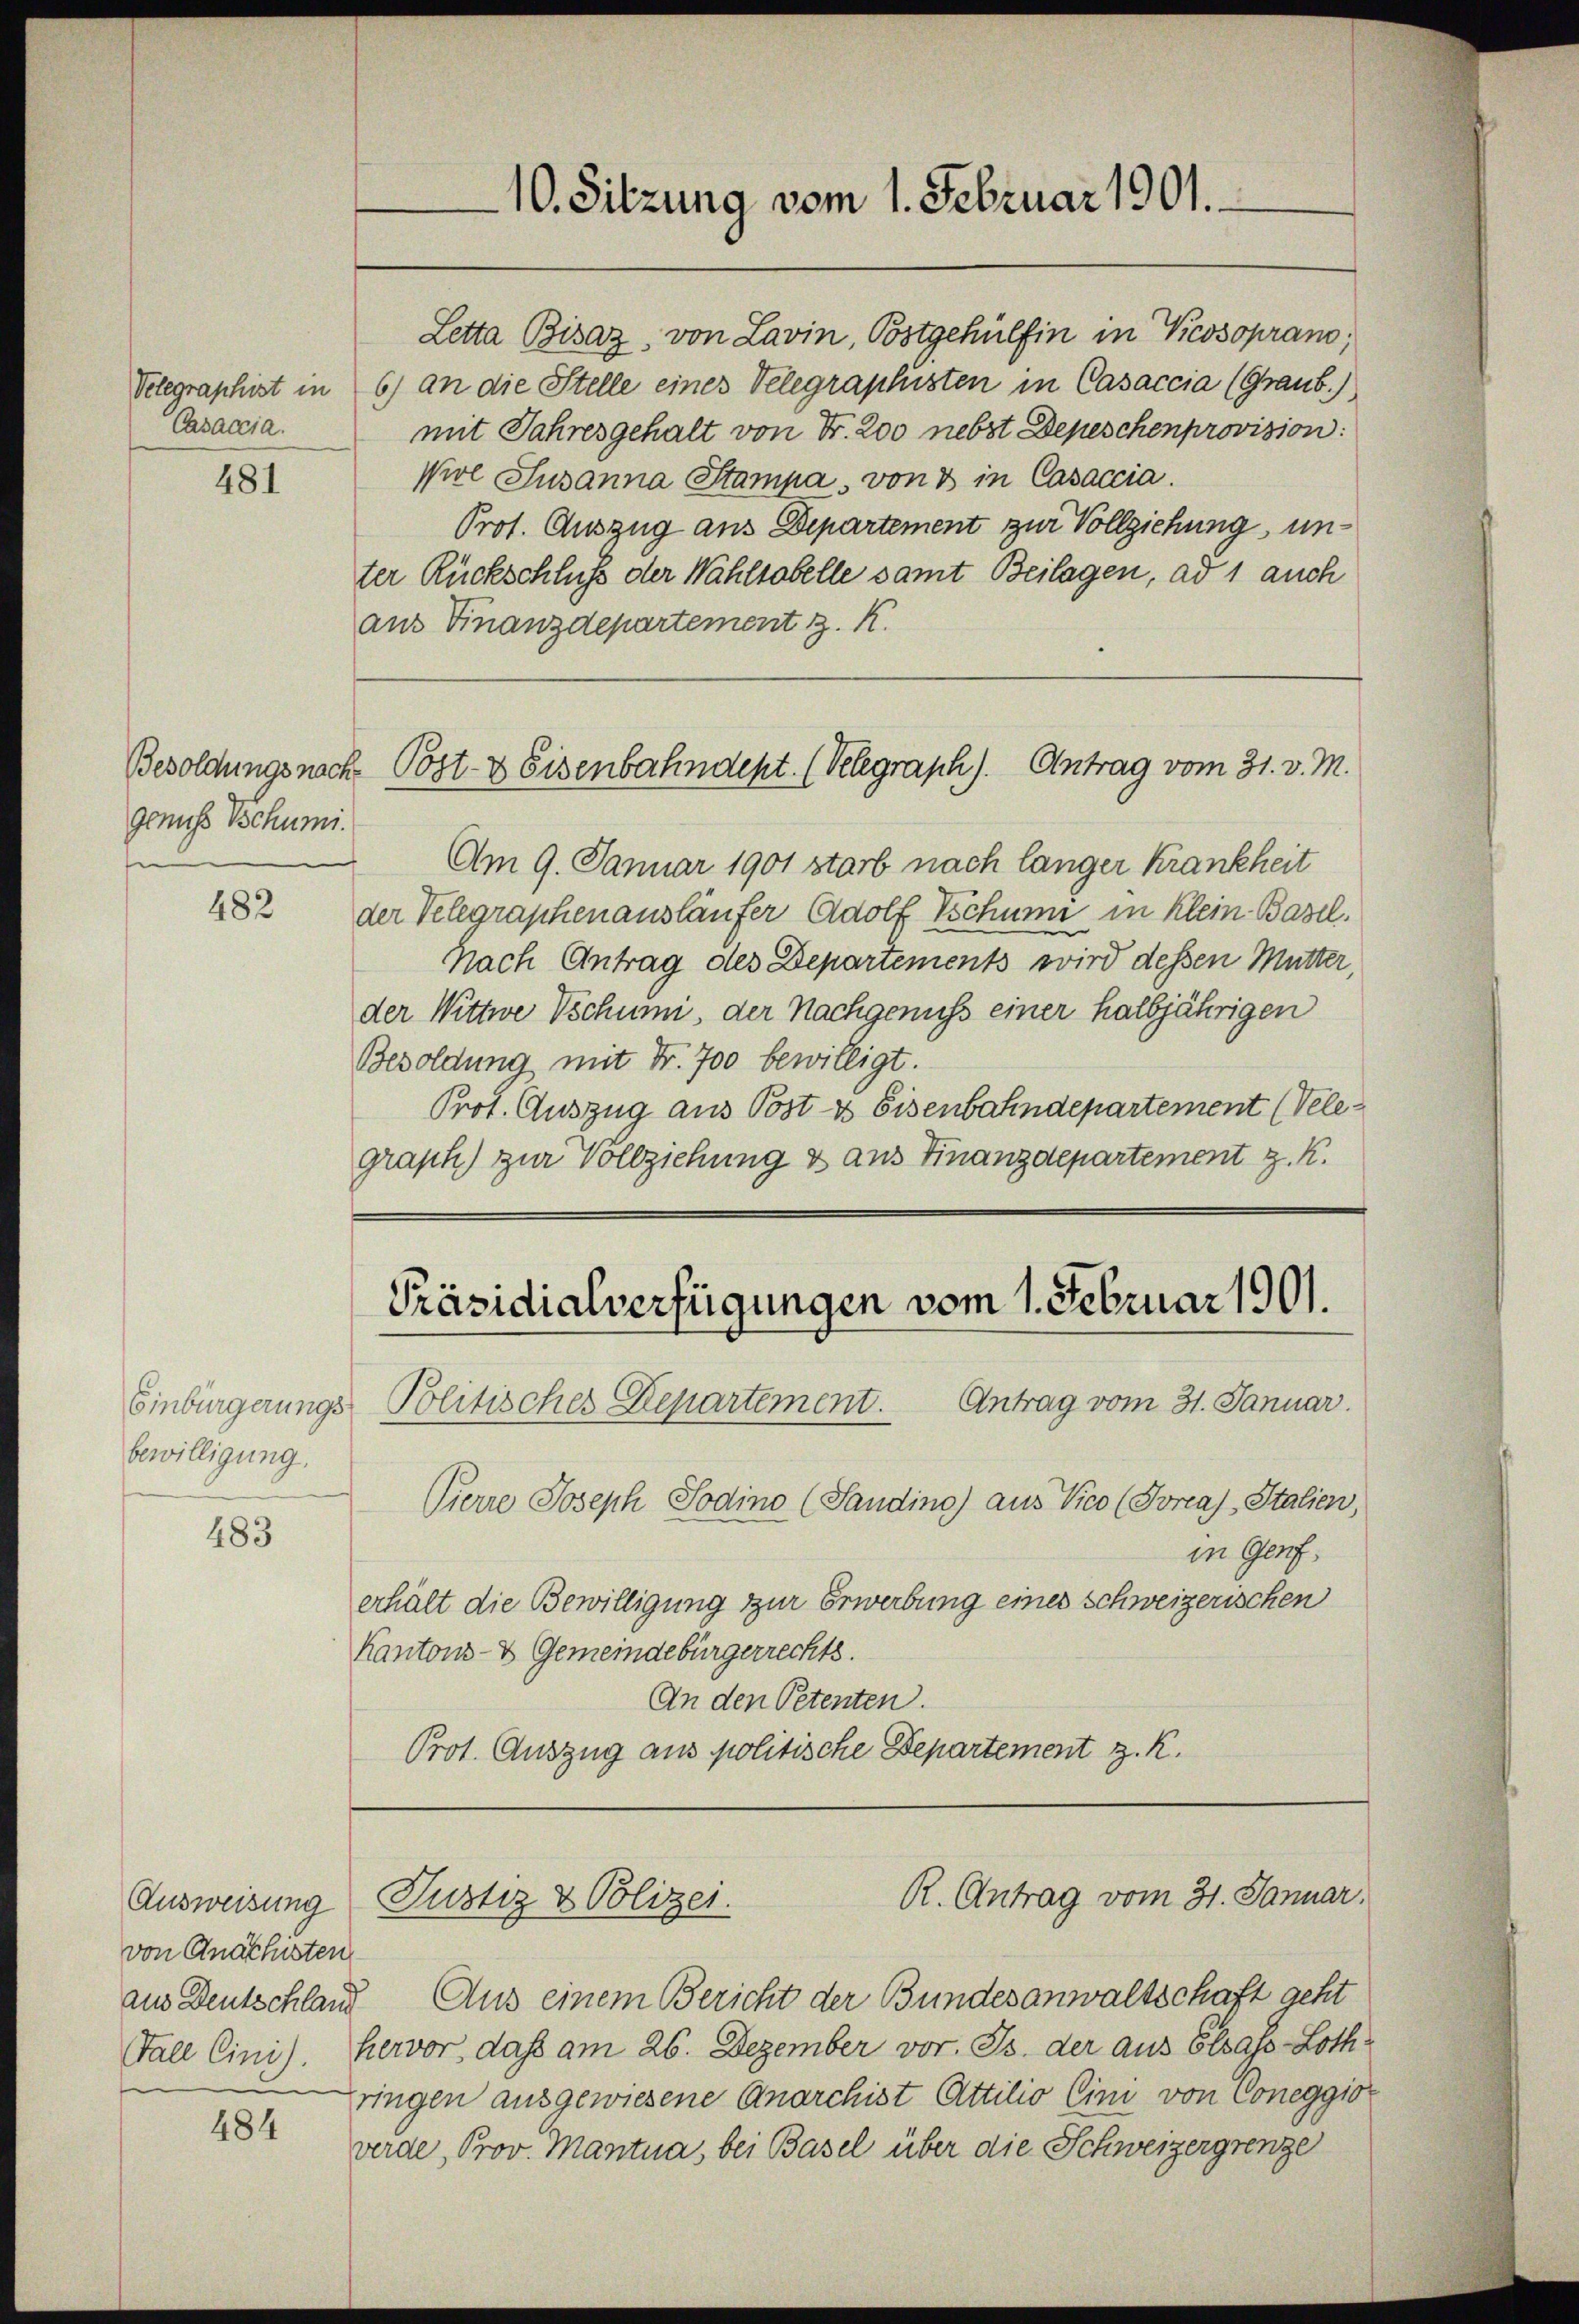
Velegraphist in
Casaccia.

481

genuss Schumi

482

bewilligung.

483

Ausweisung
von Anachisten
aus Deutschland

484

ter Rückschluß der Wahlsabelle samt Beilagen, ad 1 auch
aus Finanzdepartement z. K.

Letta Bisaz, von Lavin, Postgehülfen in Kessoprano,
6) an die Stelle eines Velegraphusten in Casaccia (Graub.)
mit Jahresgehalt von Fr. 200 nebst Depeschenprovision:
Piol Susanna Stampa, von 3 in Casaccia.
Prot. Auszug aus Departement zur Vollziehung un¬
Besoldungsnach Post- & Eisenbahndept. (Velegraph). Antrag vom 31. v. M.
Am 9. Januar 1901 starb nach länger Krankheit
der Telegraphenausläufer Adolf Schumi in Klein Basel.
Nach Antrag des Departements wird dessen Mutter,
der Wittwe Tschumi, der Nachgenuss einer halbjährigen
Besoldung mit Fr. 700 bewilligt.
Prot. Auszug aus Post & Eisenbahndepartement (Velegraph) zur Vollziehung & aus Finanzdepartement z. K.

10. Sitzung vom 1. Februar 1901.

Präsidialverfügungen vom 1. Februar 1901.

Einbürgerungs-Politisches Departement. Antrag vom 31. Januar.
Pierre Joseph Sodino (Sandino) aus Vico (Porea, Italien,
in Genf.
erhält die Bewilligung zur Erwerbung eines schweizerischen
Kantons- & Gemeindebürgerrechts.
An den Petenten.
Prot. Auszug aus politische Departement z. R.

R. Antrag vom 31. Januar.
Justiz & Polizei.

Aus einem Bericht der Bundesanwaltschaft geht
Fall Cini). hervor, dass am 26. Dezember vor. Js. der aus Elsass-Lothzringen ausgewiesene Anarchist Attilio Cini von Coneggior
werde, Prov. Mantua, bei Basel über die Schweizergrenze